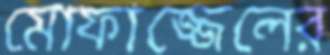
মোফাজ্জেলের